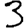
Digit: 3